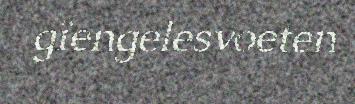
gïengelesvoeten